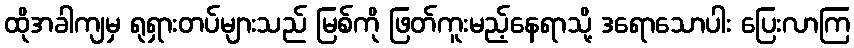
ထိုအခါကျမှ ရုရှားတပ်များသည် မြစ်ကို ဖြတ်ကူးမည့်နေရာသို့ ဒရောသောပါး ပြေးလာကြ